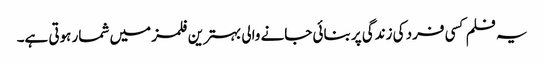
یہ فلم کسی فرد کی زندگی پر بنائی جانے والی بہترین فلمز میں شمار ہوتی ہے۔